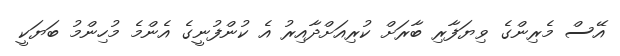
އޭސް މެރިންގެ ވިޔަފާރި ބާރަށް ކުރިއަށްދާއިރު އެ ކުންފުނީގެ އެންމެ މުހިންމު ބަޔަކީ